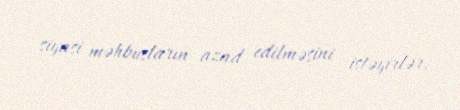
siyasi məhbusların azad edilməsini istəyirlər.